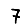
Digit: 7